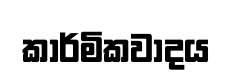
කාර්මිකවාදය